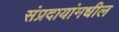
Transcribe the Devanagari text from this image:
संप्रदायांमधील